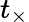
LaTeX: t_{\times}